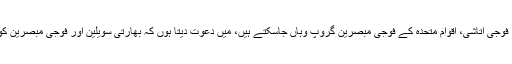
انہوں نے کہا کہ جائے وقوعہ سب کیلئے کھلی ہے، تمام سفیر، فوجی اتاشی، اقوام متحدہ کے فوجی مبصرین گروپ وہاں جاسکتے ہیں، میں دعوت دیتا ہوں کہ بھارتی سویلین اور فوجی مبصرین کو وہ بھی آئیں اور آکر دیکھیں اور اپنے وزیراعظم کو آگاہ کریں۔